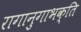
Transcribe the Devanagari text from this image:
रागानुगाभक्ति